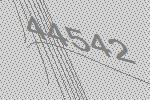
44542